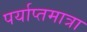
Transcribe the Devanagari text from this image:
पर्याप्तमात्रा